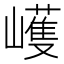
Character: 㠛